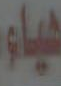
هياء